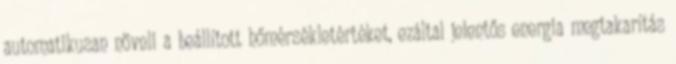
automatikusan növeli a beállított hőmérsékletértéket, ezáltal jelentős energia megtakarítás